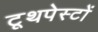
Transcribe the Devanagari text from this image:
टूथपेस्टों